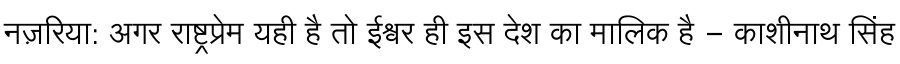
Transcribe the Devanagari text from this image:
नज़रिया: अगर राष्ट्रप्रेम यही है तो ईश्वर ही इस देश का मालिक है - काशीनाथ सिंह